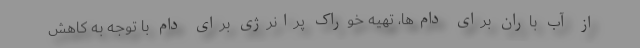
از آب باران برای دام‌ها، تهیه خوراک پرانرژی برای دام با توجه به کاهش